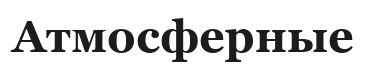
Атмосферные